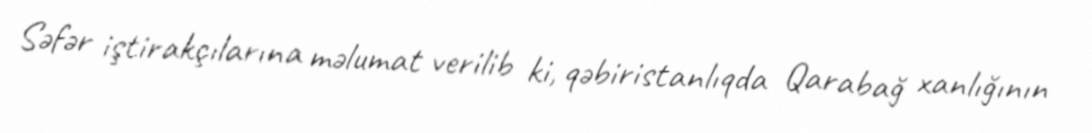
Səfər iştirakçılarına məlumat verilib ki, qəbiristanlıqda Qarabağ xanlığının